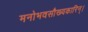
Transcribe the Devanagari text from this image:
मनोभवसौख्यकारिन्।